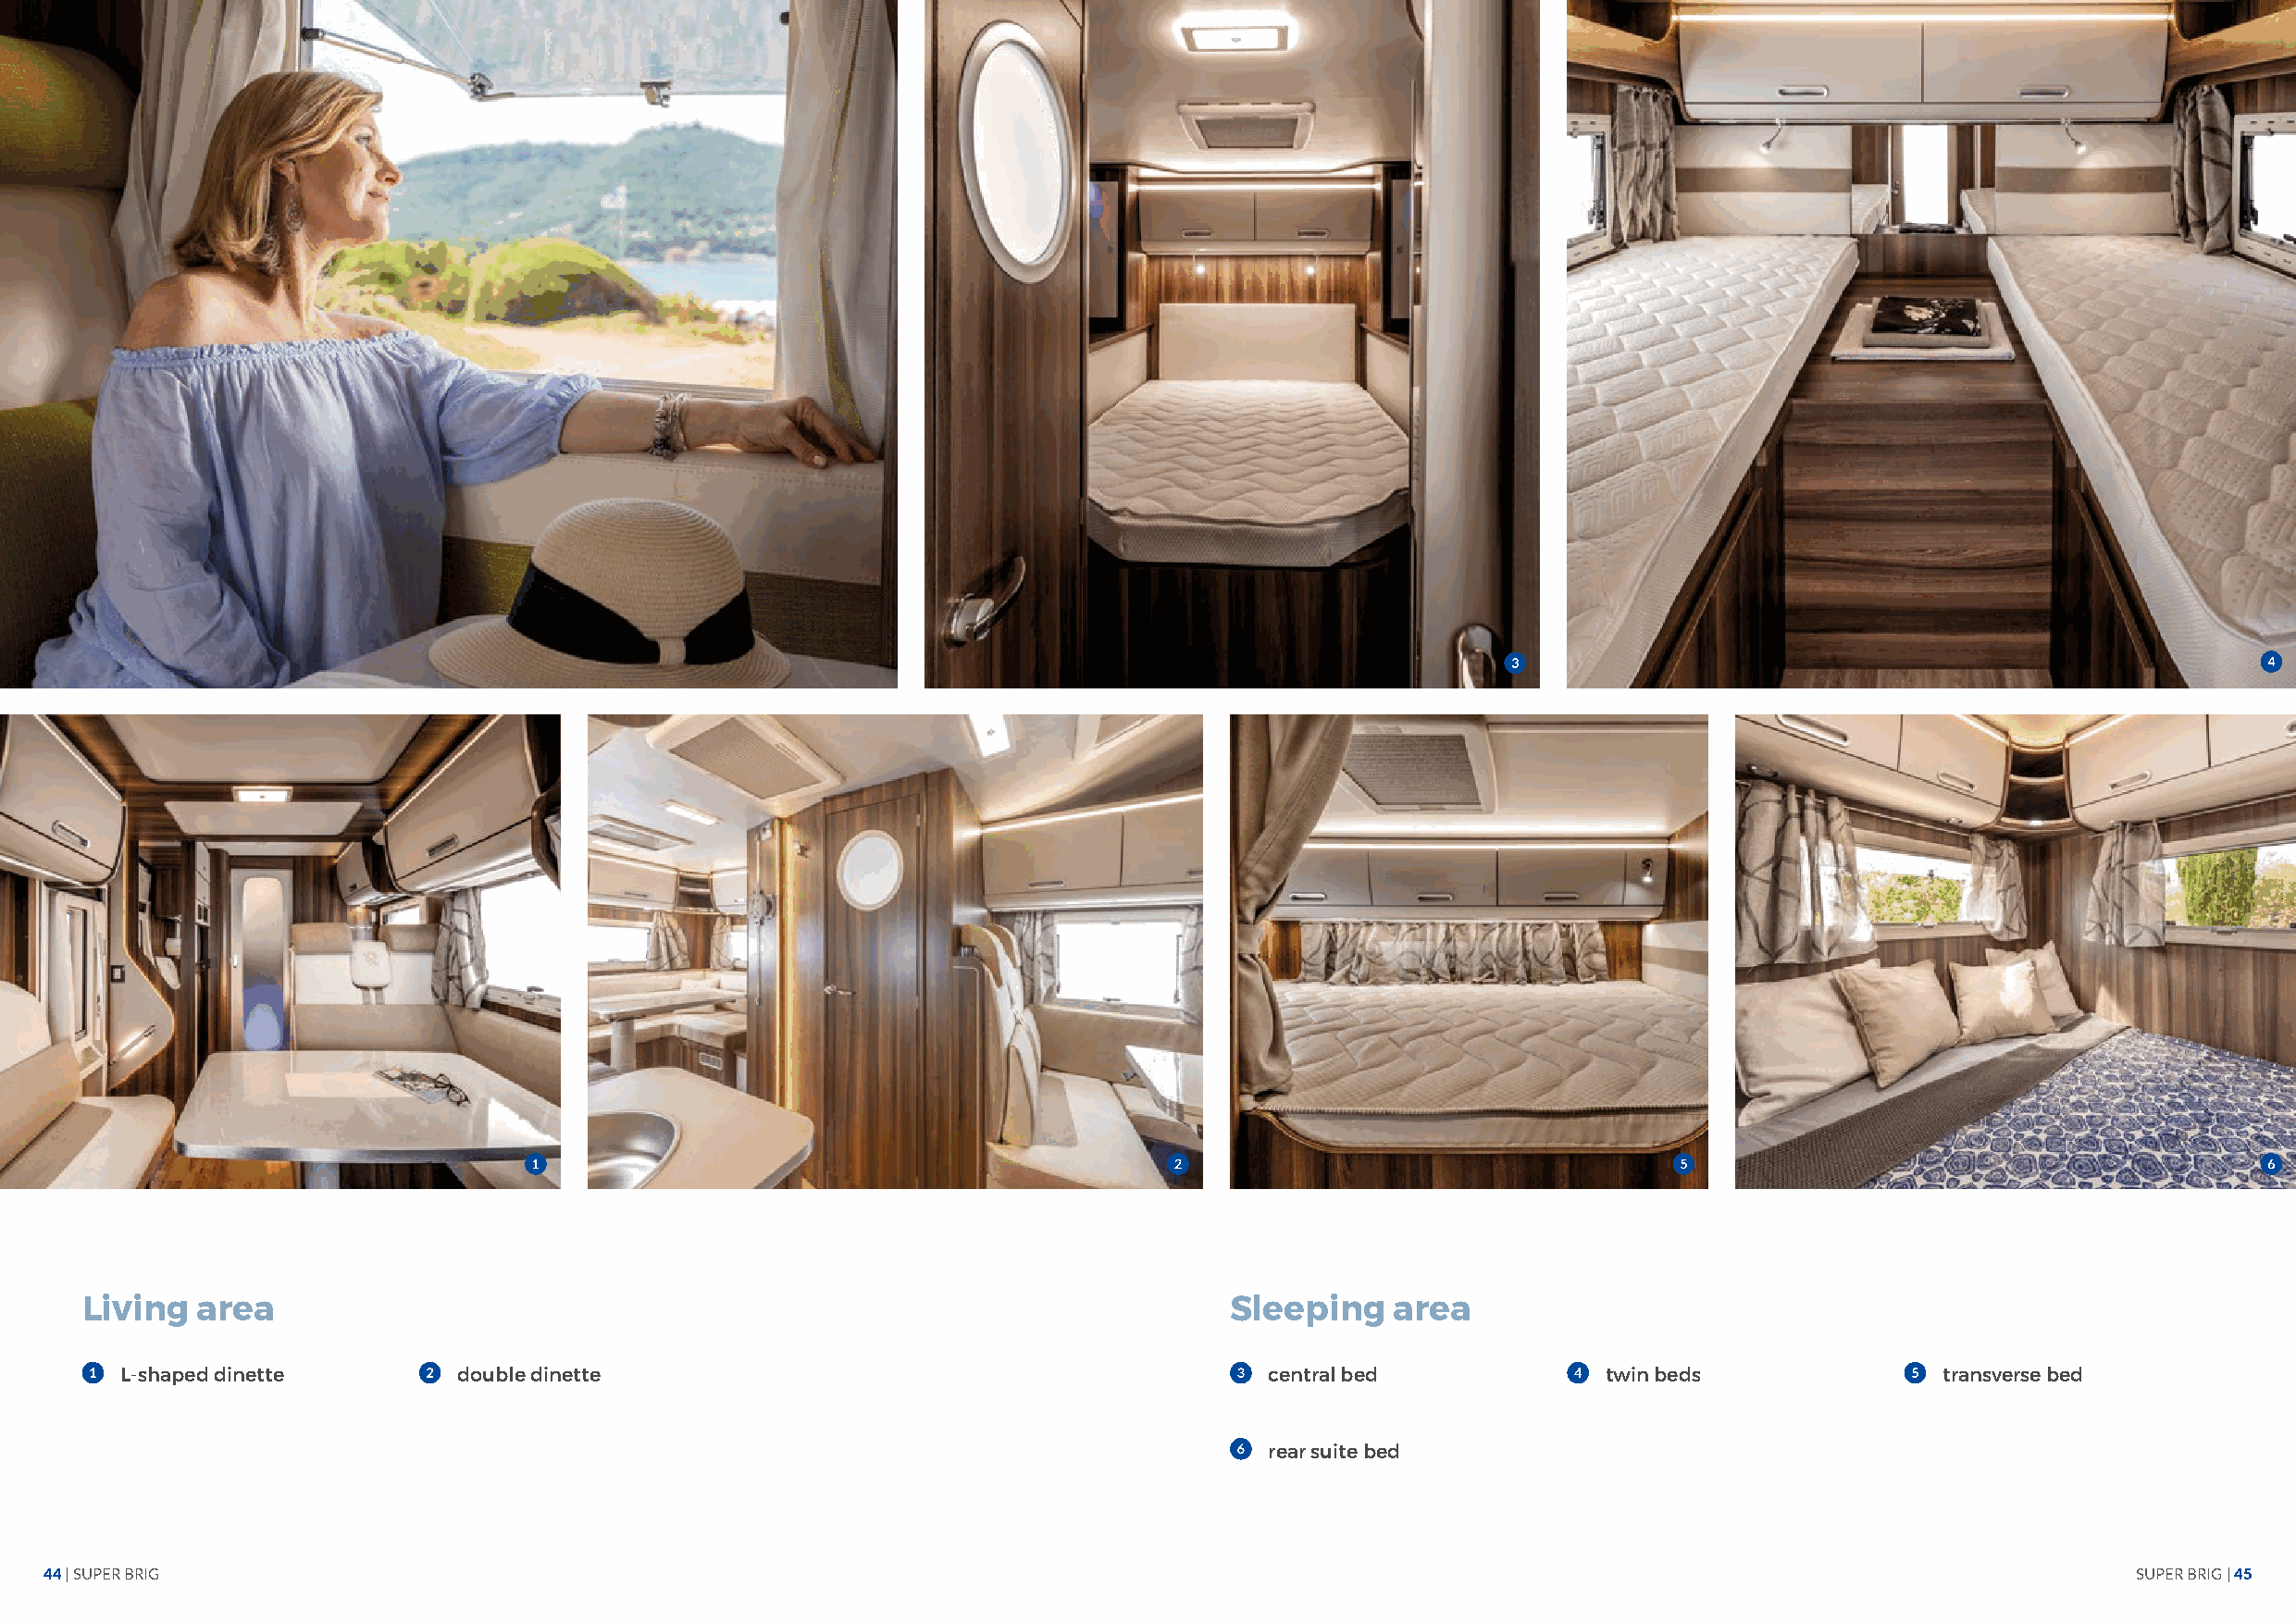
Living  area                                                                      Sleeping    area
 L-shaped dinette        double dinette                                            central bed             twin beds               transverse bed
 rear suite bed
 44 | SUPER BRIG                                                                                                                                       SUPER BRIG | 45